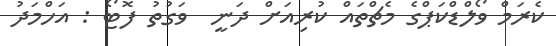
ކެރަމް ވޯލްޑްކަޕްގެ މެޗްތައް ކުރިއަށް ދަނީ  ވަގުތު ފޮޓޯ : އަހްމަދު